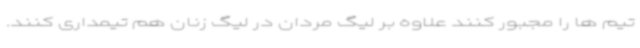
تیم ها را مجبور کنند علاوه بر لیگ مردان در لیگ زنان هم تیمداری کنند.